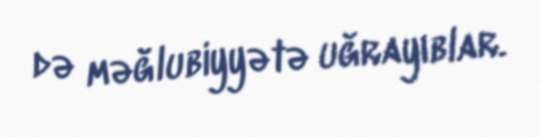
də məğlubiyyətə uğrayıblar.